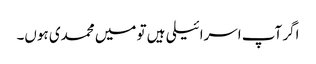
اگر آپ اسرائیلی ہیں تو میں محمدی ہوں۔